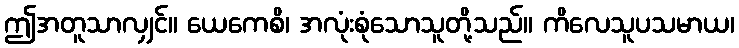
ဤအတူသာလျှင်။ ယေကေစိ၊ အလုံးစုံသောသူတို့သည်။ ကိလေသူပသမာယ၊